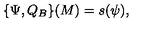
\{ \Psi , Q _ { B } \} ( M ) = s ( \psi ) ,